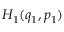
H _ { 1 } ( q _ { 1 } , p _ { 1 } )